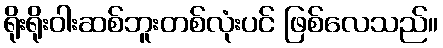
ရိုးရိုးဝါးဆစ်ဘူးတစ်လုံးပင် ဖြစ်လေသည်။